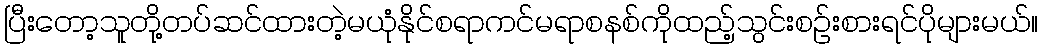
ပြီးတော့သူတို့တပ်ဆင်ထားတဲ့မယုံနိုင်စရာကင်မရာစနစ်ကိုထည့်သွင်းစဉ်းစားရင်ပိုများမယ်။